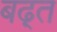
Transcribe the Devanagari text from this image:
बढ़्त